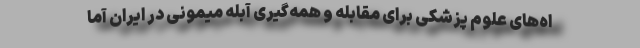
اه‌های علوم پزشکی برای مقابله و همه‌گیری آبله میمونی در ایران آما